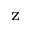
_ \mathrm { z }